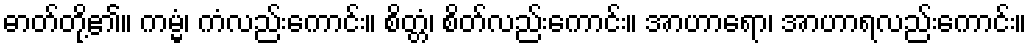
ဓာတ်တို့၏။ ကမ္မံ၊ ကံလည်းကောင်း။ စိတ္တံ၊ စိတ်လည်းကောင်း။ အာဟာရော၊ အာဟာရလည်းကောင်း။